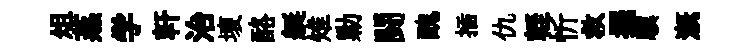
俎蒸学軒治壞酪艇雉勦闘醜插仇輊忻救擺驥溉